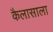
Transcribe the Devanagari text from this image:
कैलासाला